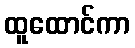
ထူထောင်ကာ